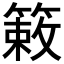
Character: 𫂙